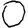
Digit: 0